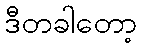
ဒီတခါတော့